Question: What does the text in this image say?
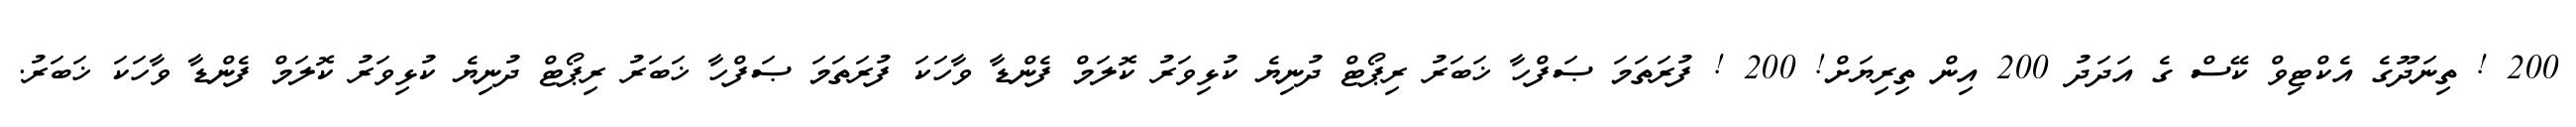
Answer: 200 ! ތިނަދޫގެ އެކްޓިވް ކޭސް ގެ އަދަދު 200 އިން ތިރިޔަށް! 200 ! ފުރަތަމަ ޞަފްހާ ޚަބަރު ރިޕޯޓް ދުނިޔެ ކުޅިވަރު ކޮލަމް ފެންޑާ ވާހަކަ ފުރަތަމަ ޞަފްހާ ޚަބަރު ރިޕޯޓް ދުނިޔެ ކުޅިވަރު ކޮލަމް ފެންޑާ ވާހަކަ ޚަބަރު.